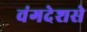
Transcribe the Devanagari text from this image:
वंगदेशसे